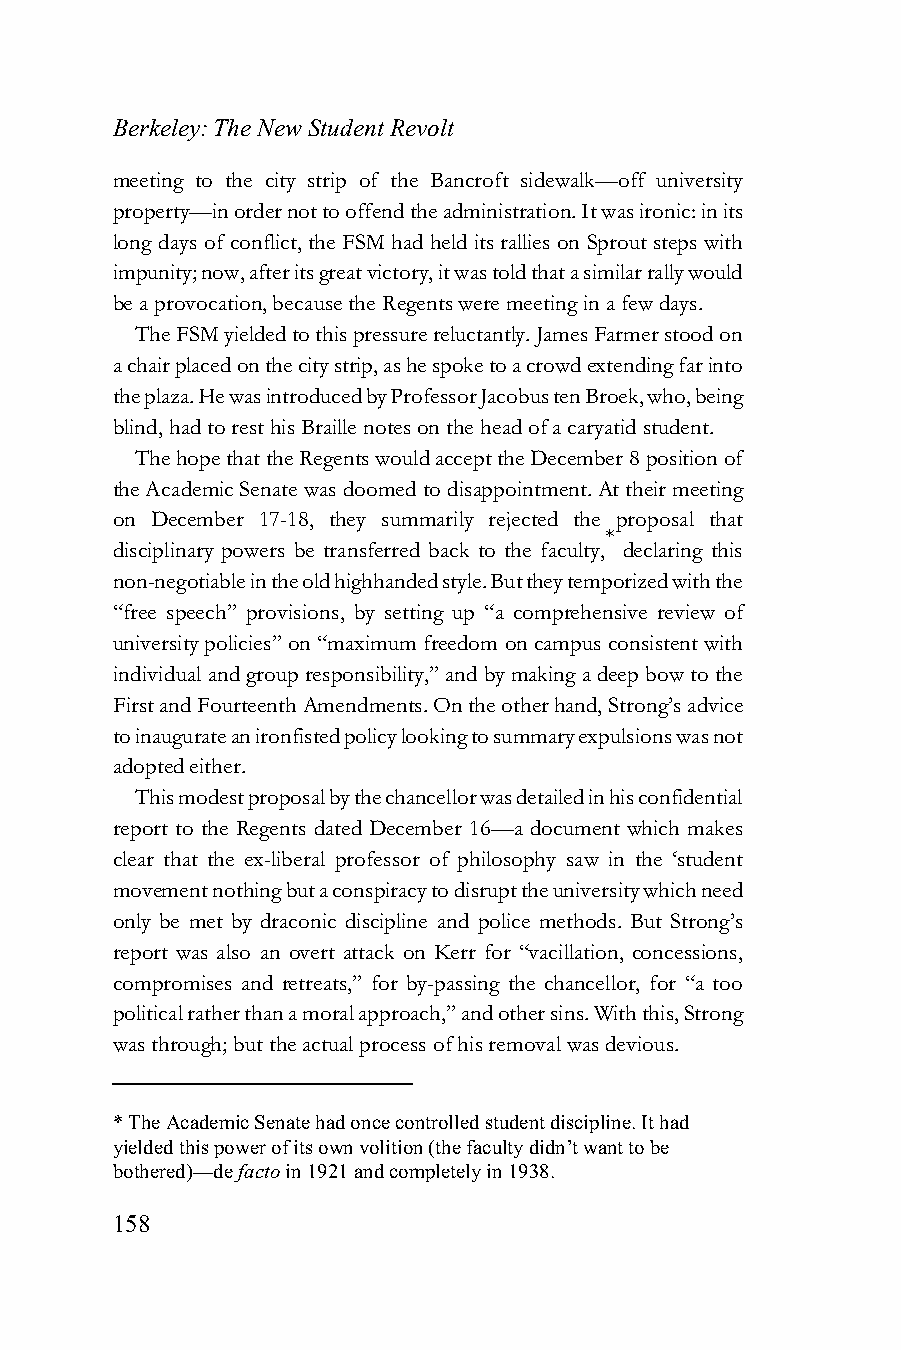
Berkeley: The New Student Revolt
 meeting to the city strip of the Bancroft sidewalk—off university
 property—in order not to offend the administration. It was ironic: in its
 long days of conflict, the FSM had held its rallies on Sprout steps with
 impunity; now, after its great victory, it was told that a similar rally would
 be a provocation, because the Regents were meeting in a few days.
 The FSM yielded to this pressure reluctantly. James Farmer stood on
 a chair placed on the city strip, as he spoke to a crowd extending far into
 the plaza. He was introduced by Professor Jacobus ten Broek, who, being
 blind, had to rest his Braille notes on the head of a caryatid student.
 The hope that the Regents would accept the December 8 position of
 the Academic Senate was doomed to disappointment. At their meeting
 on December 17-18, they summarily rejected the proposal that
 *
 disciplinary powers be transferred back to the faculty, declaring this
 non-negotiable in the old highhanded style. But they temporized with the
 “free speech” provisions, by setting up “a comprehensive review of
 university policies” on “maximum freedom on campus consistent with
 individual and group responsibility,” and by making a deep bow to the
 First and Fourteenth Amendments. On the other hand, Strong’s advice
 to inaugurate an ironfisted policy looking to summary expulsions was not
 adopted either.
 This modest proposal by the chancellor was detailed in his confidential
 report to the Regents dated December 16—a document which makes
 clear that the ex-liberal professor of philosophy saw in the ‘student
 movement nothing but a conspiracy to disrupt the university which need
 only be met by draconic discipline and police methods. But Strong’s
 report was also an overt attack on Kerr for “vacillation, concessions,
 compromises and retreats,” for by-passing the chancellor, for “a too
 political rather than a moral approach,” and other sins. With this, Strong
 was through; but the actual process of his removal was devious.
 * The Academic Senate had once controlled student discipline. It had
 yielded this power of its own volition (the faculty didn’t want to be
 bothered)—de facto in 1921 and completely in 1938.
 158